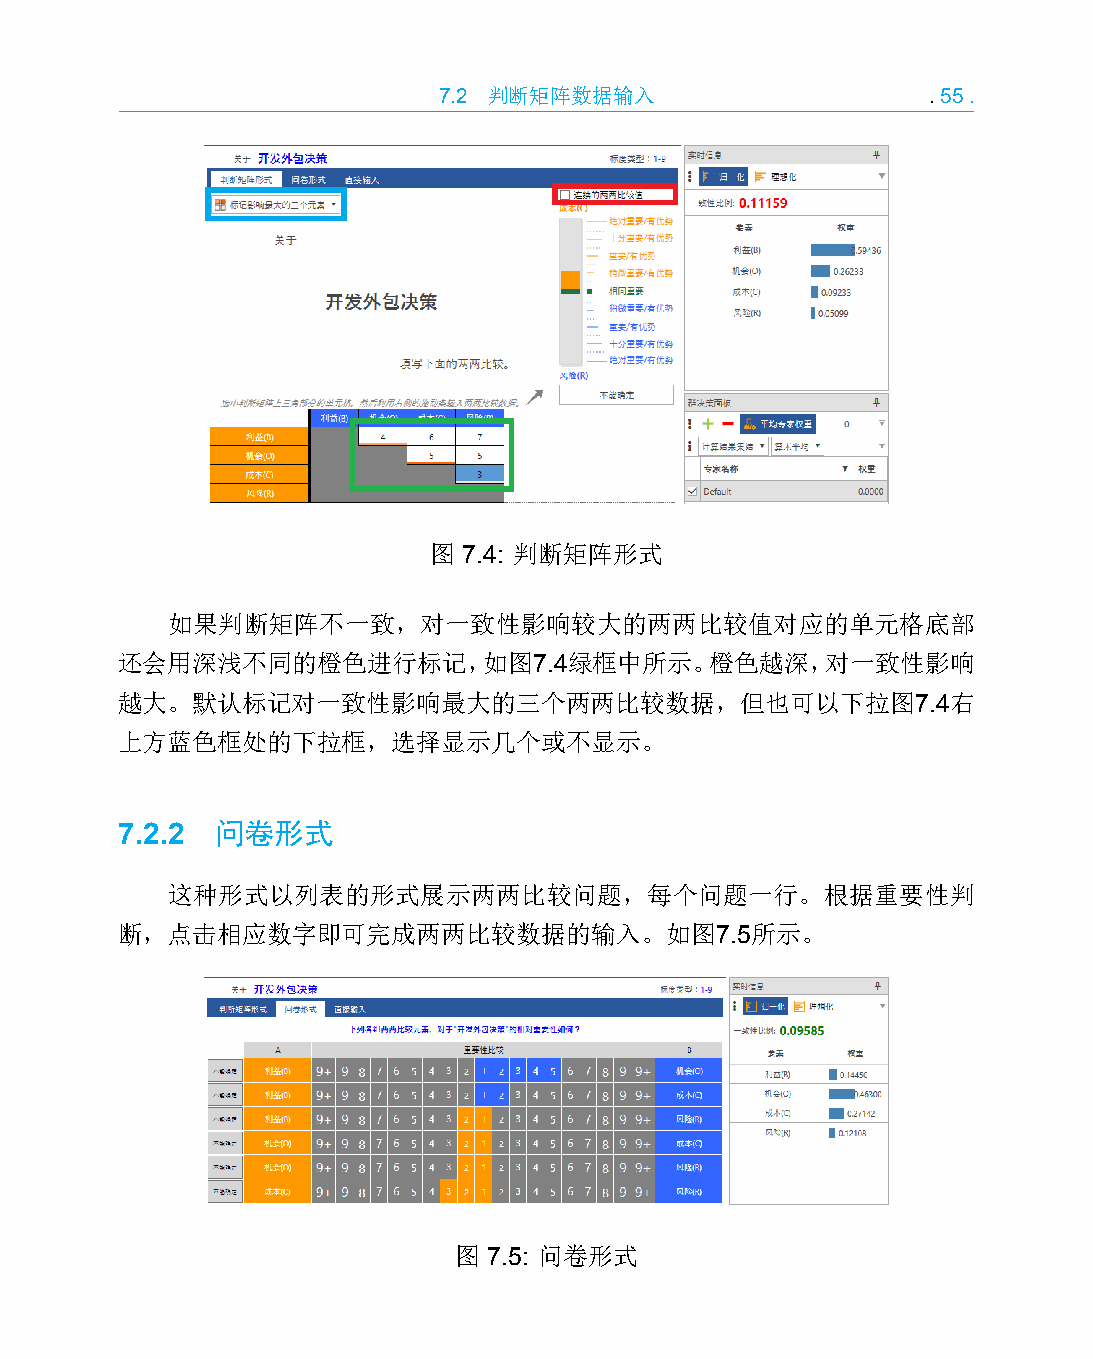
7.2 判断矩阵数据输入                    .55.
 图  7.4: 判断矩阵形式
 如果判断矩阵不一致，对一致性影响较大的两两比较值对应的单元格底部
 还会用深浅不同的橙色进行标记，如图7.4绿框中所示。橙色越深，对一致性影响
 越大。默认标记对一致性影响最大的三个两两比较数据，但也可以下拉图7.4右
 上方蓝色框处的下拉框，选择显示几个或不显示。
 7.2.2 问卷形式
 这种形式以列表的形式展示两两比较问题，每个问题一行。根据重要性判
 断，点击相应数字即可完成两两比较数据的输入。如图7.5所示。
 图 7.5: 问卷形式